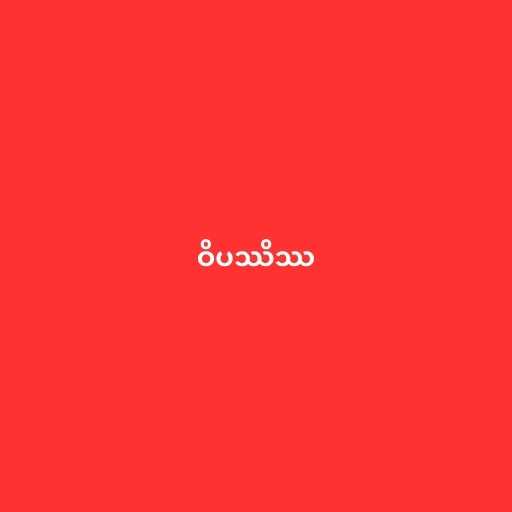
ဝိပဿိဿ